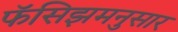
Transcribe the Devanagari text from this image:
फॅसिझमनुसार